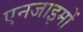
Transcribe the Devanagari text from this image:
एनजाइमों